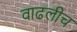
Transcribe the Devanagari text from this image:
वाढलीच